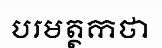
បរមត្ថកថា